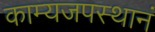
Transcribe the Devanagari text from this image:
काम्यजपस्थानं